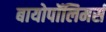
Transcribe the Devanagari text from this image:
बायोपॉलिमर्स